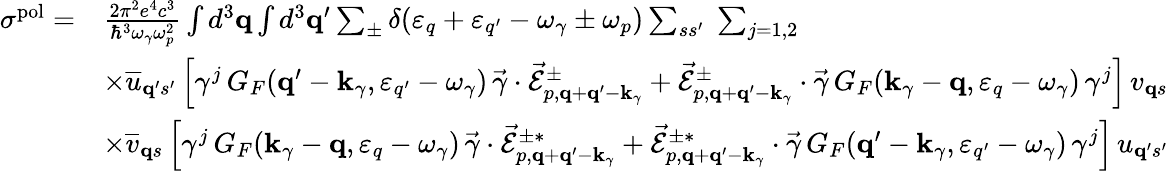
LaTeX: \begin{array}{rl}{\sigma^{\mathrm{pol}}=}&{\frac{2\pi^{2}e^{4}c^{3}}{\hbar^{3}\omega_{\gamma}\omega_{p}^{2}}\int d^{3}{\mathbf q}\int d^{3}{\mathbf q}^{\prime}\sum_{\pm}\delta(\varepsilon_{q}+\varepsilon_{q^{\prime}}-\omega_{\gamma}\pm\omega_{p})\sum_{ss^{\prime}}\; \sum_{j=1,2}}\\ &{\times\overline{{u}}_{{\mathbf q}^{\prime}s^{\prime}}\, \Big[\gamma^{j}\, G_{F}({\mathbf q}^{\prime}-{\mathbf k}_{\gamma},\varepsilon_{q^{\prime}}-\omega_{\gamma})\, \vec{\gamma}\cdot\vec{\mathcal{E}}_{p,{\mathbf q}+{\mathbf q}^{\prime}-{\mathbf k}_{\gamma}}^{\pm}+\vec{\mathcal{E}}_{p,{\mathbf q}+{\mathbf q}^{\prime}-{\mathbf k}_{\gamma}}^{\pm}\cdot\vec{\gamma}\, G_{F}({\mathbf k}_{\gamma}-{\mathbf q},\varepsilon_{q}-\omega_{\gamma})\, \gamma^{j}\Big]\, v_{{\mathbf q}s}}\\ &{\times\overline{{v}}_{{\mathbf q}s}\, \Big[\gamma^{j}\, G_{F}({\mathbf k}_{\gamma}-{\mathbf q},\varepsilon_{q}-\omega_{\gamma})\, \vec{\gamma}\cdot\vec{\mathcal{E}}_{p,{\mathbf q}+{\mathbf q}^{\prime}-{\mathbf k}_{\gamma}}^{\pm*}+\vec{\mathcal{E}}_{p,{\mathbf q}+{\mathbf q}^{\prime}-{\mathbf k}_{\gamma}}^{\pm*}\cdot\vec{\gamma}\, G_{F}({\mathbf q}^{\prime}-{\mathbf k}_{\gamma},\varepsilon_{q^{\prime}}-\omega_{\gamma})\, \gamma^{j}\Big]\, u_{{\mathbf q}^{\prime}s^{\prime}}}\end{array}